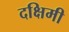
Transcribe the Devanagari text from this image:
दक्षिमी